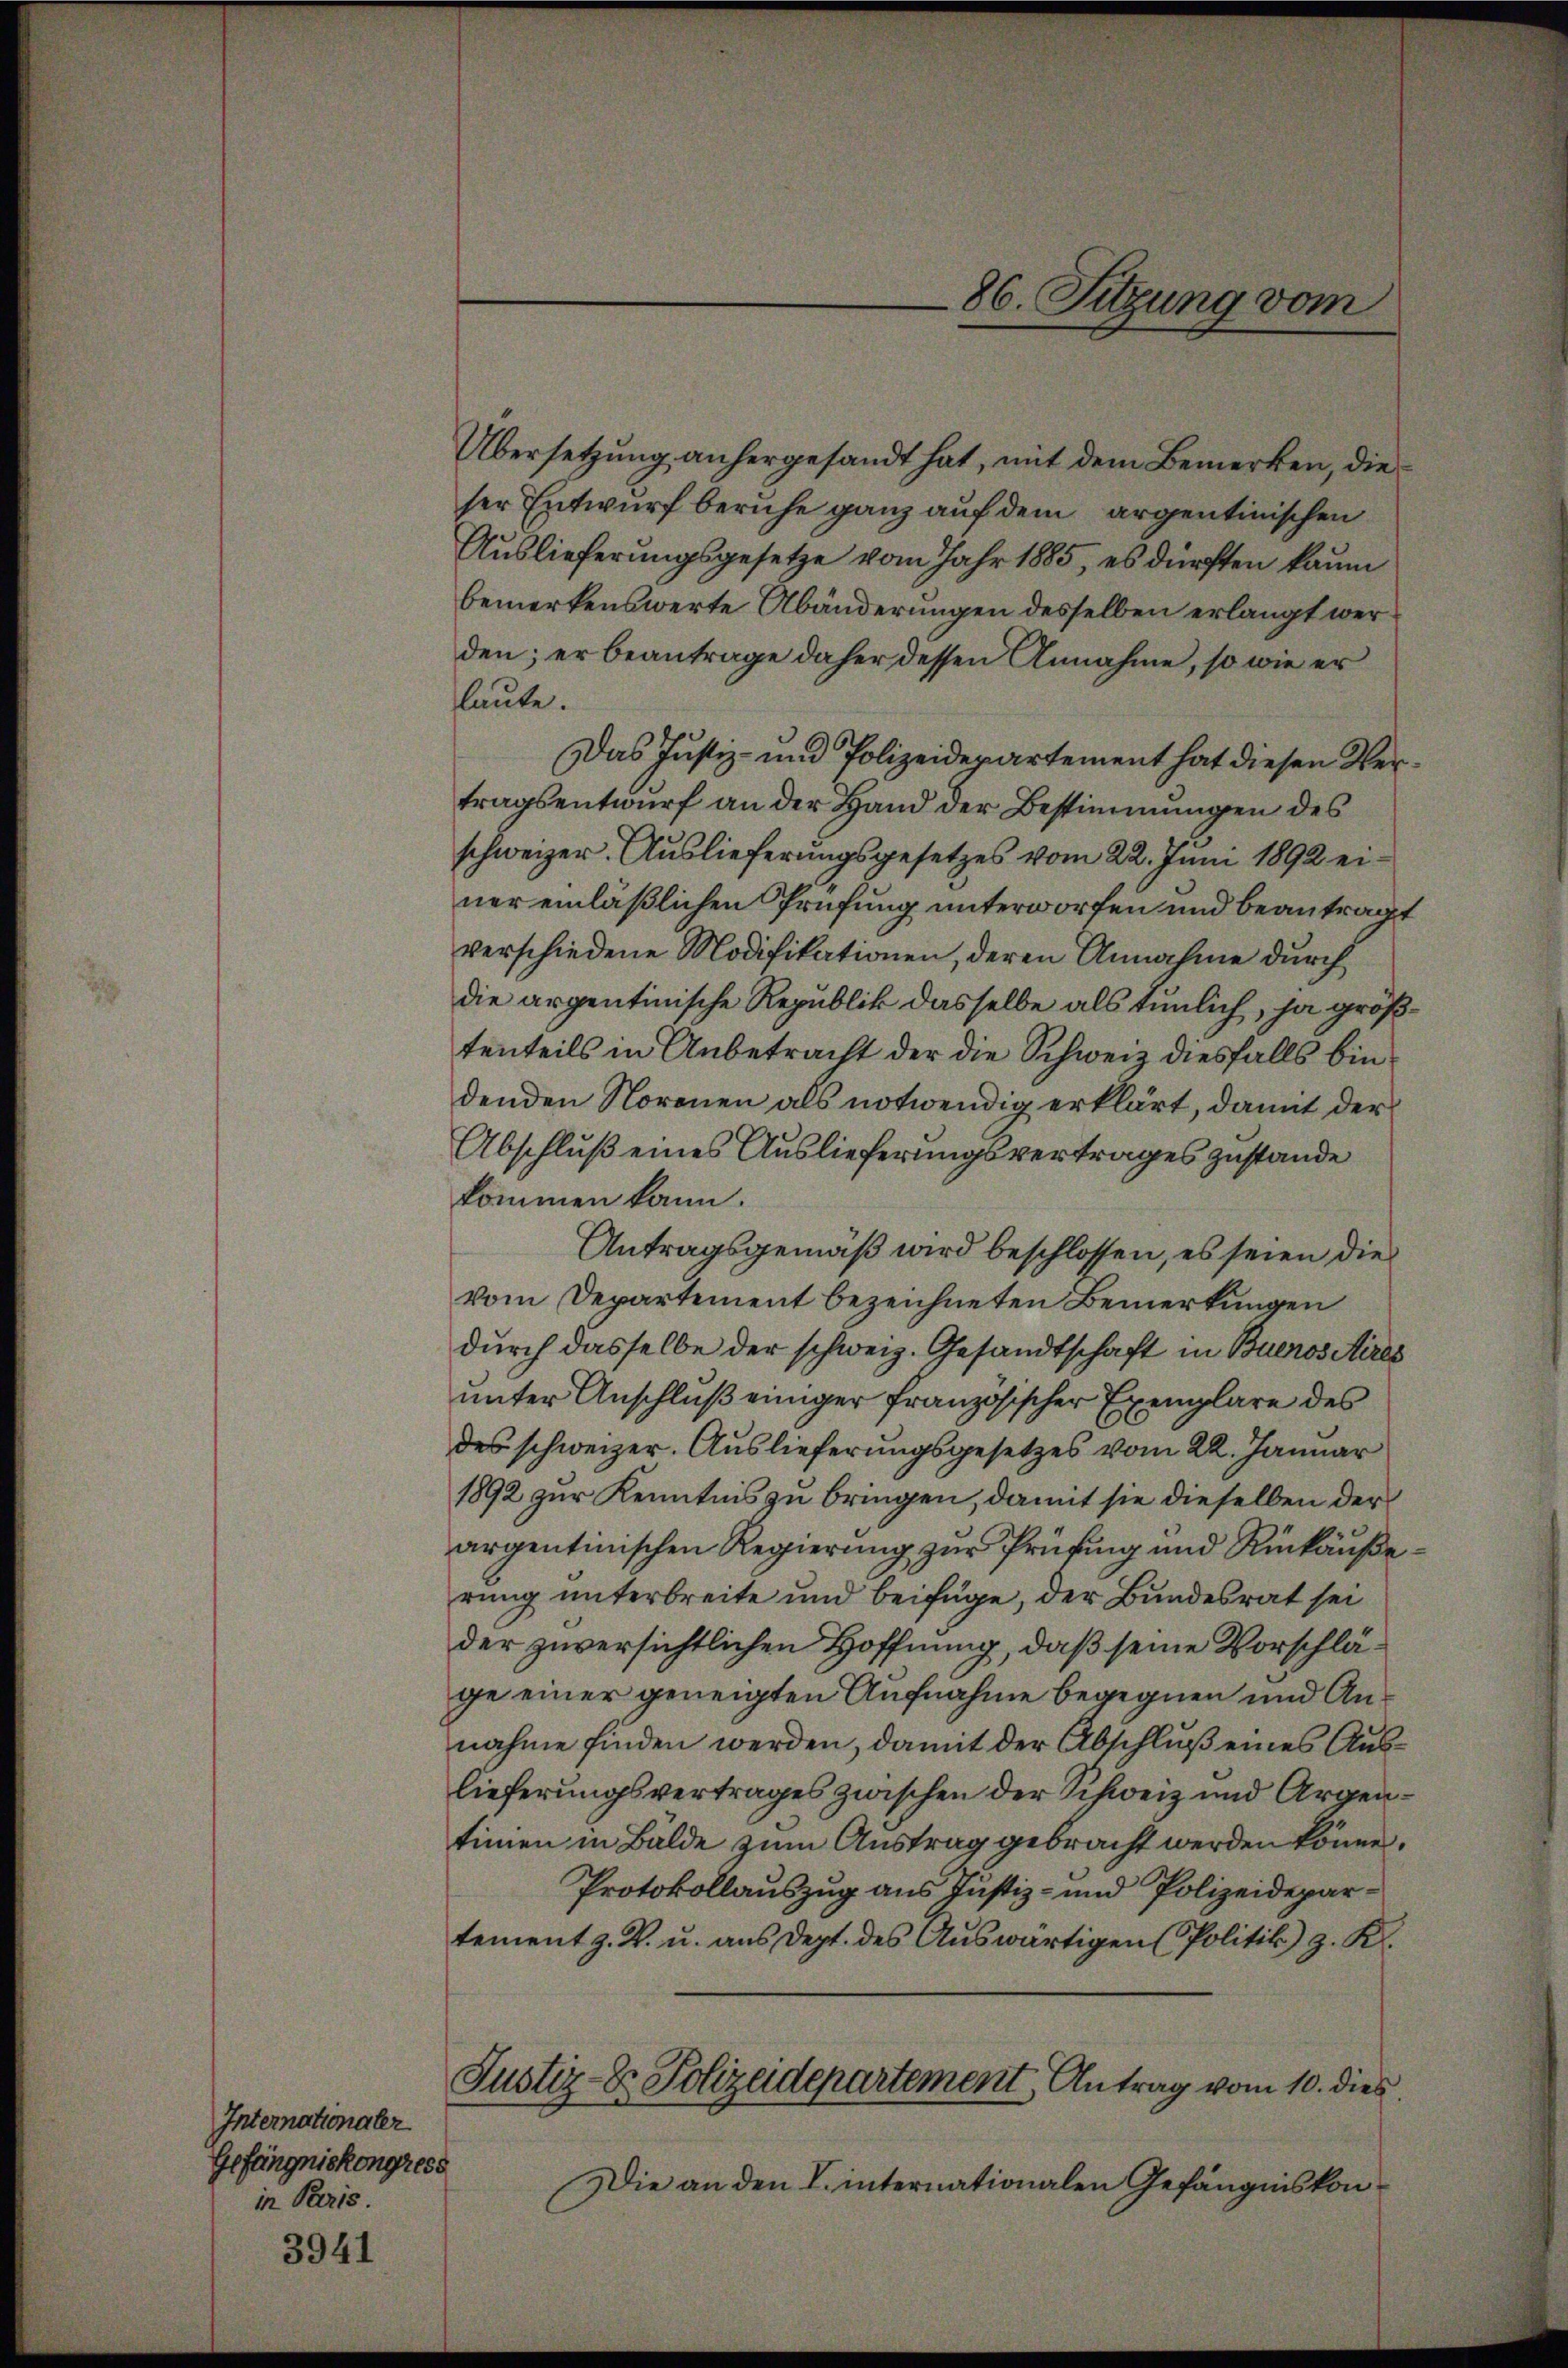
Internationaler
Gefängniskongress
in Paris.

3941

Übersetzung anhergesandt hat, mit dem Bemerken, die
ser Entwurf beruhe ganz auf dem argentinischen
Auslieferungsgesetze vom Jahr 1885, es dürften kaum
bemerkenswerte Abänderungen desselben erlangt werden; er beantrage daher dessen Annahme, so wie er
laute.
Das Justiz- und Polizeiderartement hat diesen Vertragsentwurf an der Hand der Bestimmungen des
schweizer. Auslieferungsgesetzes vom 22. Juni 1892 einer einläßlichen Prüfung unterworfen und beantragt
verschiedene Modifikationen, deren Annahme durch
die argentinische Republik dasselbe als tümlich, ja größtenteils in Anbetracht der die Schweiz diesfalls bindenden Norenen als notwendig erklärt, damit der
Abschluß eines Auslieferungsvertrages zustande
kommen kann.
Antragsgemäß wird beschlossen, es seien die
vom Departement bezeichneten Bemerkungen
durch dasselbe der schweiz. Gesandtschaft in Buenos Aires
unter Anschluß einiger französischer Exemplare des
des schweizer. Auslieferungsgesetzes vom 22. Januar
1892 zur Kenntnis zu bringen, damit sie dieselben der
argentinischen Regierung zur Prüfung und Rückäußerung unterbreite und beifüge, der Bundesrat sei
der zuversichtlichen Hoffnung, daß seine Vorschläge einer geneigten Aufnahme begegnen und Annahme finden werden, damit der Abschluß eines Auslieferungsvertrages zwischen der Schweiz und Argentimmen in Bälde zum Austrag gebracht werden könne.
Protokollauszug aus Justiz- und Polizeidepartement z. R. u. aus Dept. des Auswärtigen (Politik) z. K.
Justiz- & Polizeidepartement Antrag vom 10. dies
Die an den V. internationalen Gefängniskon¬

86. Sitzung vom